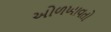
ઓળખાવતો